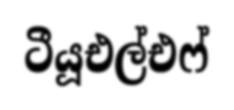
ටීයූඑල්එෆ්